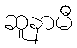
ဆူနာမီ